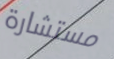
مستشارة